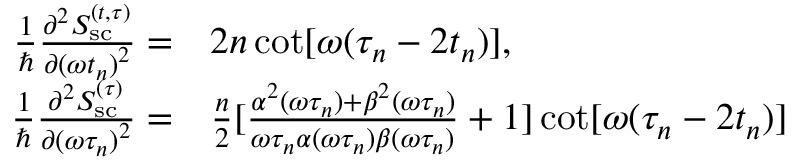
\begin{array} { r l } { \frac { 1 } { \hbar } \frac { \partial ^ { 2 } S _ { \mathrm { s c } } ^ { ( t , \tau ) } } { \partial { ( \omega t _ { n } ) } ^ { 2 } } = } & { { } 2 n \cot [ \omega ( \tau _ { n } - 2 t _ { n } ) ] , } \\ { \frac { 1 } { \hbar } \frac { \partial ^ { 2 } S _ { \mathrm { s c } } ^ { ( \tau ) } } { \partial { ( \omega \tau _ { n } ) } ^ { 2 } } = } & { { } \frac { n } { 2 } [ \frac { \alpha ^ { 2 } ( \omega \tau _ { n } ) + \beta ^ { 2 } ( \omega \tau _ { n } ) } { \omega \tau _ { n } \alpha ( \omega \tau _ { n } ) \beta ( \omega \tau _ { n } ) } + 1 ] \cot [ \omega ( \tau _ { n } - 2 t _ { n } ) ] } \end{array}